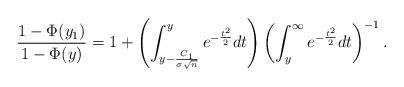
LaTeX: \begin{align*} \frac{1 - \Phi(y_1) }{1 - \Phi(y) } = 1 + \left( \int_{ y - \frac{C_1}{\sigma \sqrt{n}} }^{y} e^{- \frac{t^2}{2}} dt \right) \left( \int_y^{\infty} e^{- \frac{t^2}{2}} dt \right)^{-1}. \end{align*}